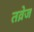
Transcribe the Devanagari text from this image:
तव्रेज